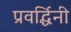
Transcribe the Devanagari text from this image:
प्रवर्द्धिनी